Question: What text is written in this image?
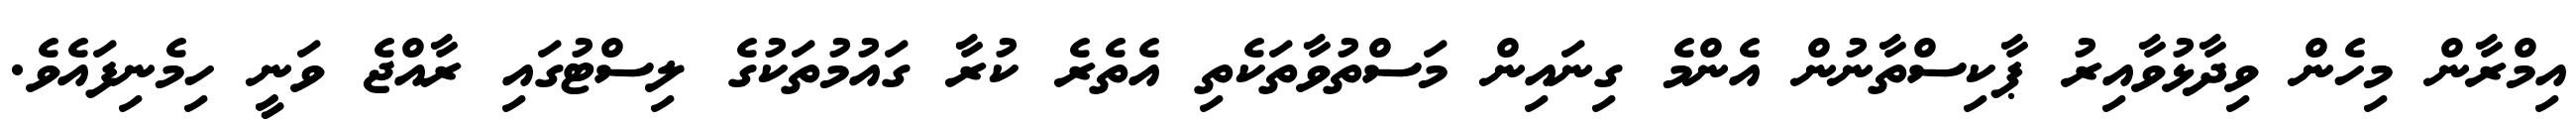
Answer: އިމްރާން މިހެން ވިދާޅުވާއިރު ޕާކިސްތާނުން އެންމެ ގިނައިން މަސްތުވާތަކެތި އެތެރެ ކުރާ ގައުމުތަކުގެ ލިސްޓުގައި ރާއްޖެ ވަނީ ހިމެނިފައެވެ.